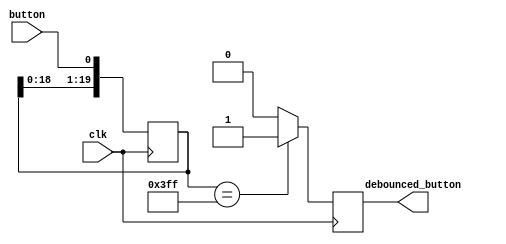
module button_debouncer  (
        input  wire clk,                 /* 100MHz clock */
        input  wire button,              /* Input button from constraints */
        output reg  debounced_button=1'd0
    );
    

    /* History of sampled input button */
    reg [19:0] history=20'd0;

    always @ (posedge clk) begin
        /* Move history back one sample and insert new sample */
        history <= {  history[18:0],button };
        
        /* Assert debounced button if it has been in a consistent state throughout history */
        debounced_button <= (history == 1023) ? 1'b1 : 1'b0;
    end
    
endmodule